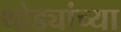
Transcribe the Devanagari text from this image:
थोड्यांच्या